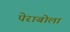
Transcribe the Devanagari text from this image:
पेराबोला